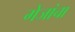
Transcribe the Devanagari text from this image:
गेजांचा